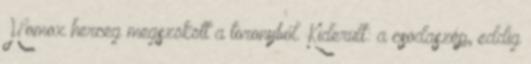
Homox herceg megszökött a toronyból. Kiderült: a csodaszép, eddig